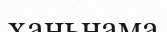
ханьнама